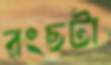
রংছটা